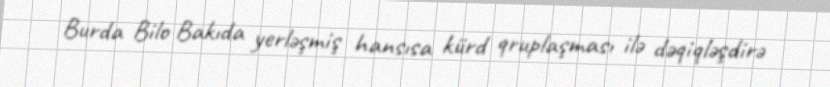
Burda Bilo Bakıda yerləşmiş hansısa kürd qruplaşması ilə dəqiqləşdirə